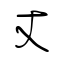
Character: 丈